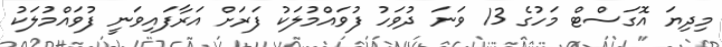
މިދިޔަ އޮގަސްޓް މަހުގެ 13 ވަނަ ދުވަހު ފުވައްމުލަކު ފަރަށް އަރާފައިވަނީ ފުވައްމުލަކު